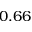
0 . 6 6